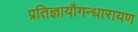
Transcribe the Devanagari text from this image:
प्रतिज्ञायौगन्धारायण